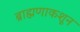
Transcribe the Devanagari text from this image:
ब्राह्मणाकशून